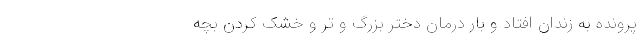
پرونده به زندان افتاد و بارِ درمان دخترِ بزرگ و تر و خشک کردن بچه